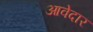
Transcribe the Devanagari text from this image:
आवेदार